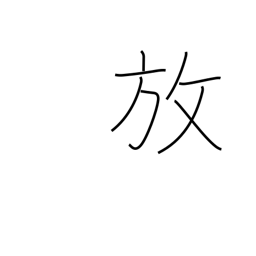
Meaning: release